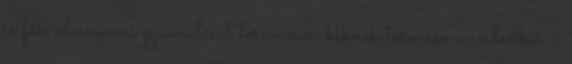
is fák édesnemes gyümölcsöt teremnek, kiknek termése mindenkié –